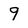
Character: 9